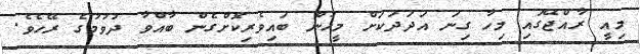
މިއީ ރާއްޖޭގައި މިހާ ގިނަ އަދަދަކަށް މީހުން ބައިވެރިކޮށްގެން ބާއްވާ ދުވުމުގެ ރޭހެވެ.